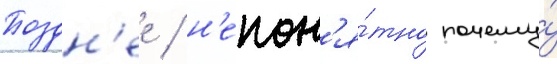
Поздн'ее / н'епон'я́тно почему́